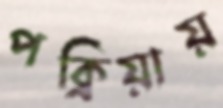
পক্রিয়ায়